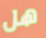
هل